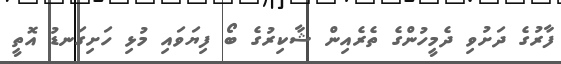
ފާރުގެ ދަށުވި ދެމީހުންގެ ތެރެއިން ޝާކިރުގެ ބޯ ފިޔަވައި މުޅި ހަށިގަނޑު އޮތީ